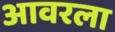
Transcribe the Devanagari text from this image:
आवरला